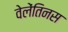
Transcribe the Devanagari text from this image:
वेलेंतिनस